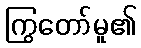
ကြွတော်မူ၏